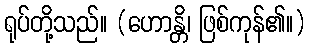
ရုပ်တို့သည်။ (ဟောန္တိ၊ ဖြစ်ကုန်၏။)